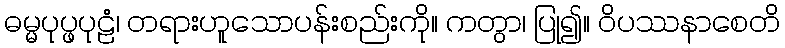
ဓမ္မပုပ္ဖပုဠံ၊ တရားဟူသောပန်းစည်းကို။ ကတွာ၊ ပြု၍။ ဝိပဿနာစေတိ